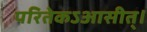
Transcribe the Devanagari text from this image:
परितेकऽआसीत्।